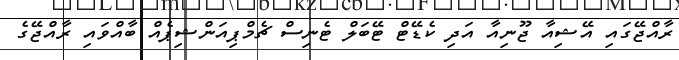
ރާއްޖޭގައި އޭޝިއާ ޖޫނިއާ އަދި ކެޑޭޓް ޓޭބަލް ޓެނިސް ޗެމްޕިއަންޝިޕެއް ބާއްވައި ރާއްޖޭގެ